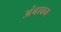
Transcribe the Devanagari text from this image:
अंबावन